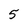
Character: 5